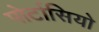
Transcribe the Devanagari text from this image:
पोर्टासियो